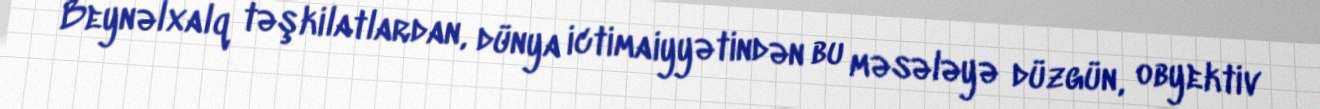
Beynəlxalq təşkilatlardan, dünya ictimaiyyətindən bu məsələyə düzgün, obyektiv